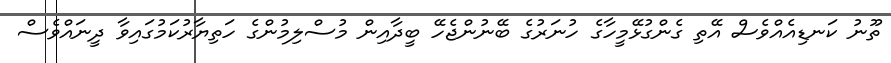
ތޫނު ކަނޑިއެއްވެސް އޭތި ގެންގުޅޭމީހާގެ ހުނަރުގެ ބޭނުންޖެހޭ ބީދާއިން މުސްލިމުންގެ ހަތިޔާރުކަމުގައިވާ ދީނައްވެސް